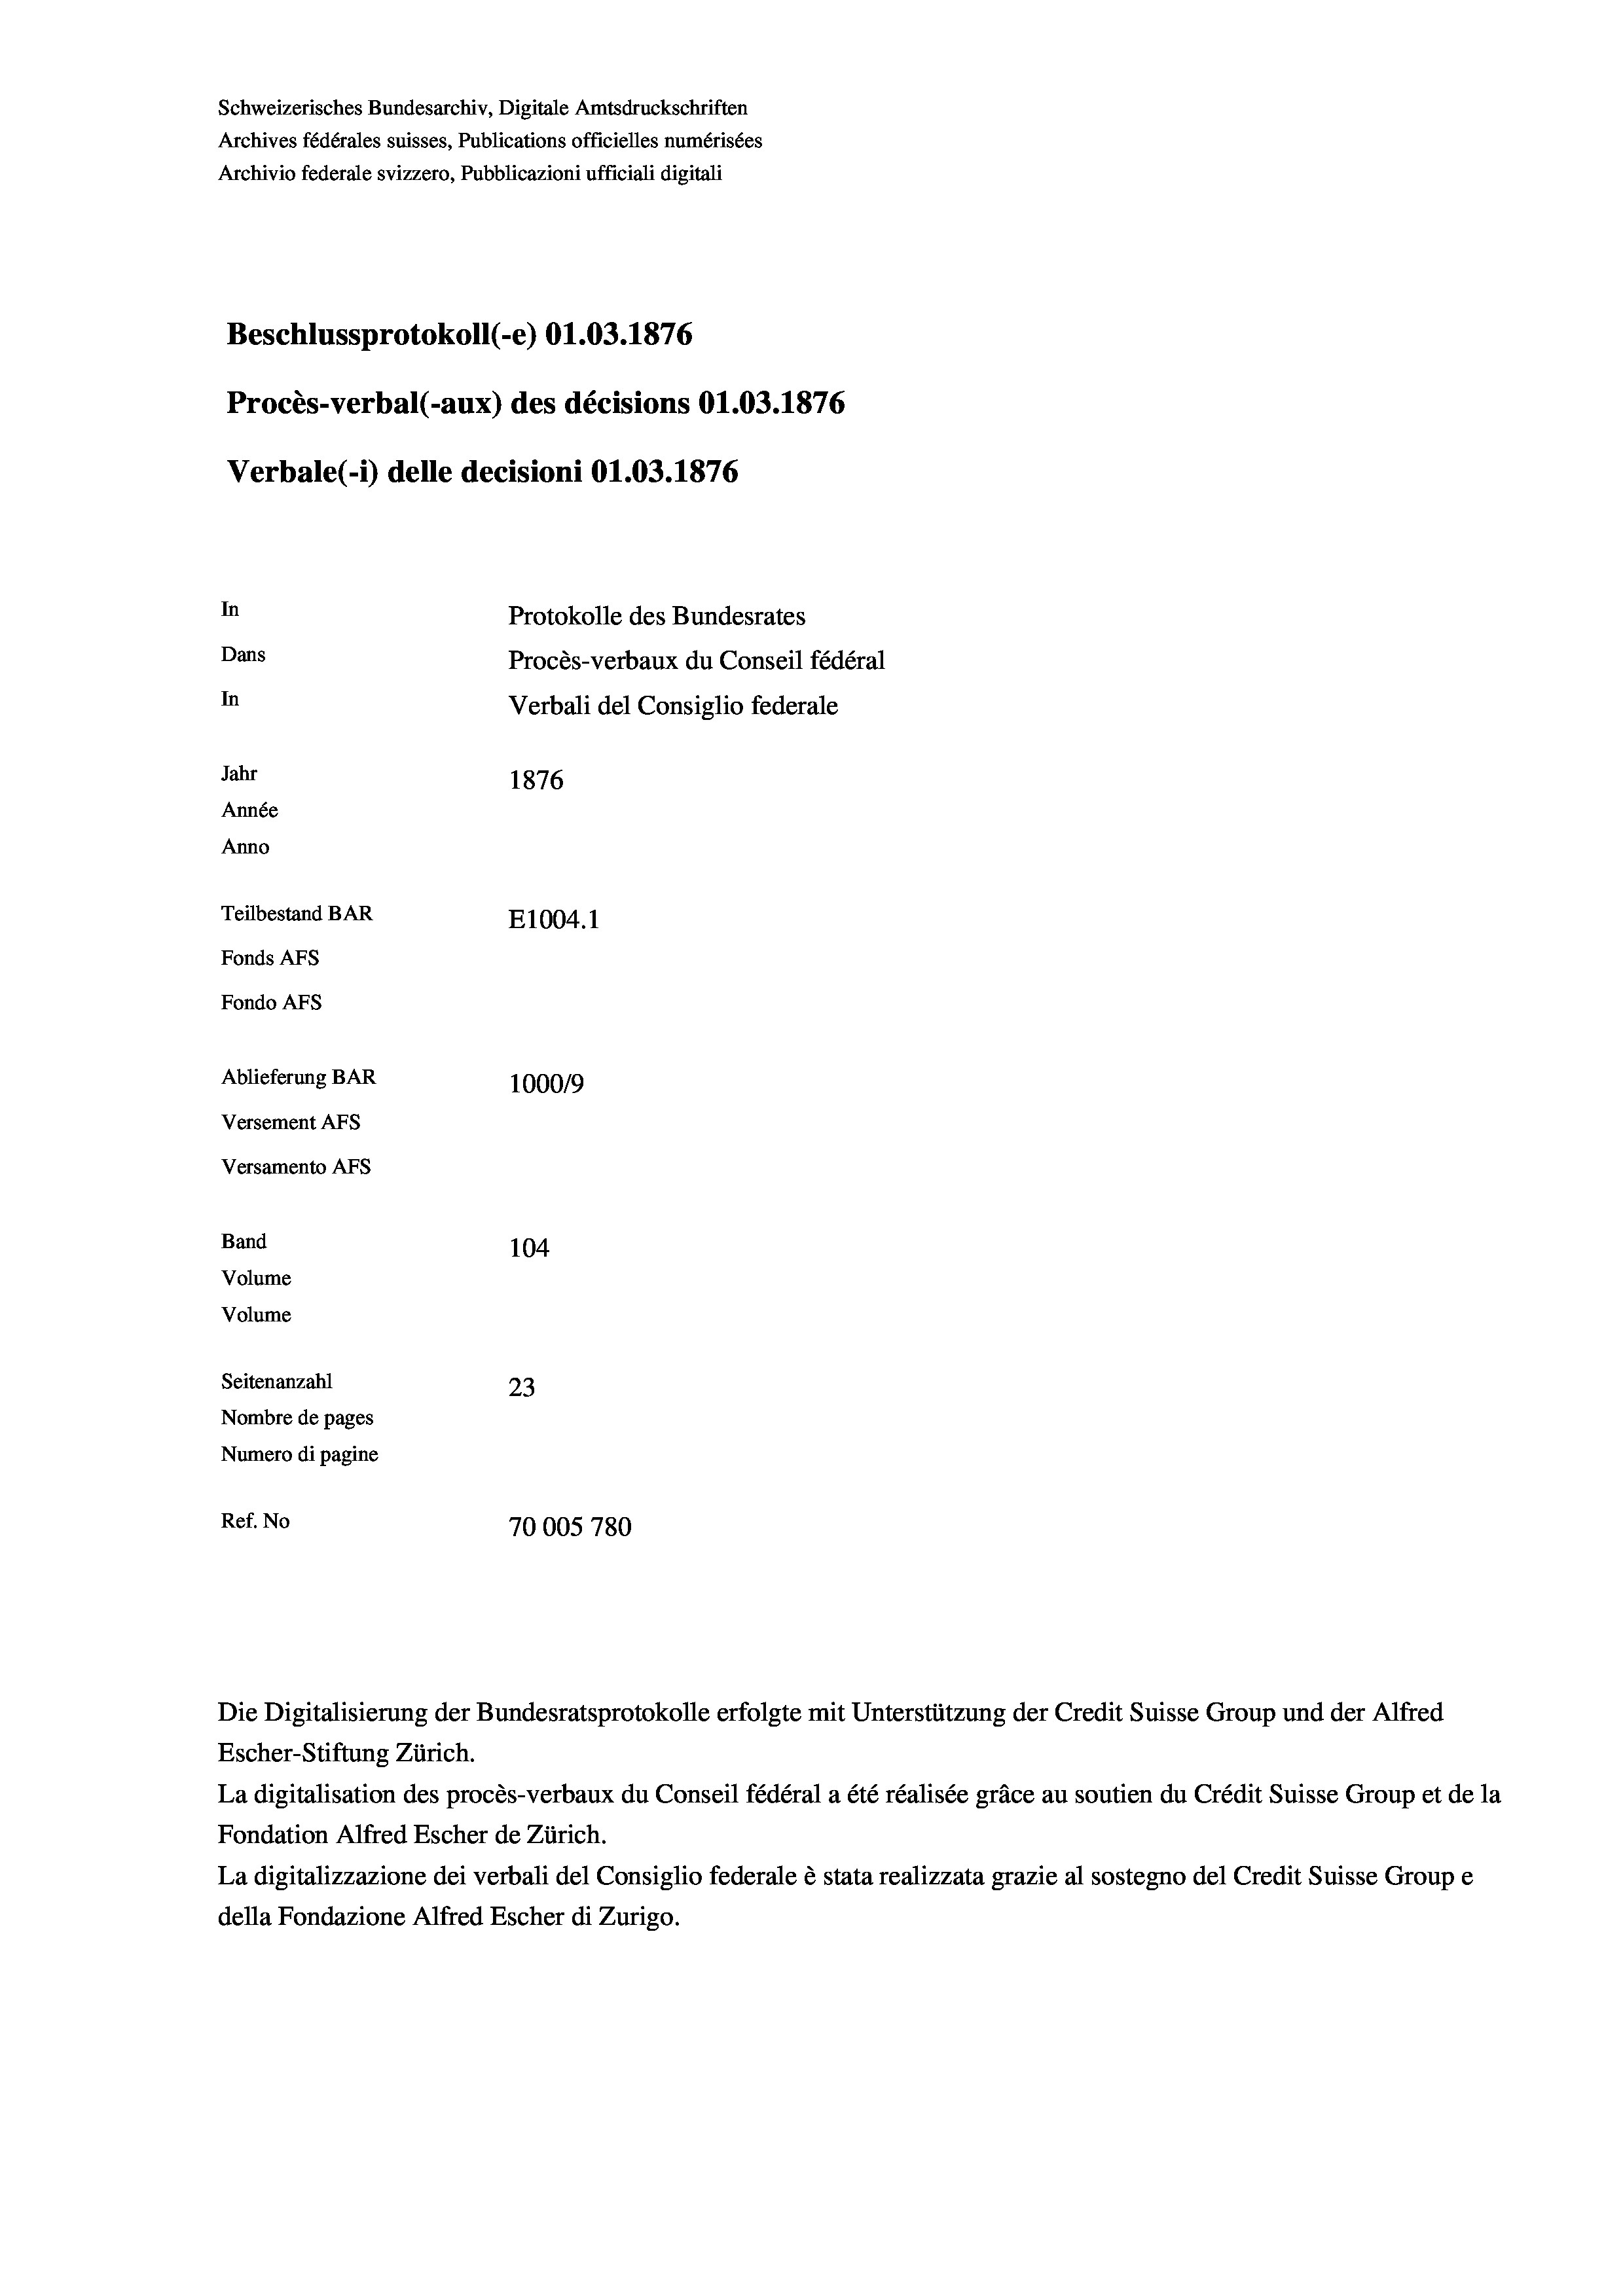
Schweizerisches Bundesarchiv, Digitale Amtsdruckschriften
Archives fédérales suisses, Publications officielles numérisées
Archivio federale svizzero, Pubblicazioni ufficiali digitali
Beschlussprotokoll (-e) O1.03. 1876
Procès-verbal (-aux) des décisions O1.03. 1876
Verbale (1) delle decisioni 01.03. 1876
In
Protokolle des Bundesrates
Dans
Procès-verbaux du Conseil fédéral
In
Verbali del Consiglio federale
Jahr
1876
Année
Anno
Teilbestand BAR
E1004. 1
Fonds AFs
Fondo AFs
Ablieferung BAR
1000/9
Versement Abs
Versamento Afs
Band
104

Volume
Volume
Seitenanzahl
23
Nombre de pages
Numero di pagine
Ref. No
70005 780

Die Digitalisierung der Bundesratsprotokolle erfolgte mit Unterstützung der Credit Suisse Group und der Alfred
Escher-Stiftung Zürich.
La digitalisation des procès-verbaux du Conseil fédéral a été réalisée gräce au soutien du Crédit Suisse Group et de la
Fondation Alfred Escher de Zürich.
La digitalizzazione dei verbali del Consiglio federale è stata realizzata grazie al sostegno del Credit Suisse Groupe
della Fondazione Alfred Escher di Zurigo.